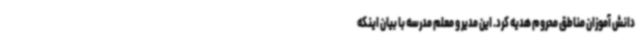
دانش آموزان مناطق محروم هدیه کرد. این مدیر و معلم مدرسه با بیان اینکه